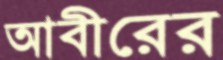
আবীরের